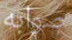
صوابه